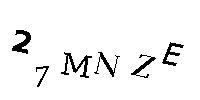
27MNZE